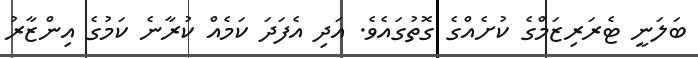
ބަލަނީ ޓެރަރިޒަމްގެ ކުށެއްގެ ގޮތުގައެވެ. އަދި އެފަދަ ކަމެއް ކުރާނެ ކަމުގެ އިންޒާރު